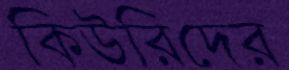
কিউরিদের